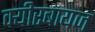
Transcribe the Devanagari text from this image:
क्यीरबायज